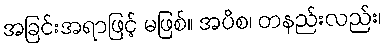
အခြင်းအရာဖြင့် မဖြစ်။ အပိစ၊ တနည်းလည်း၊